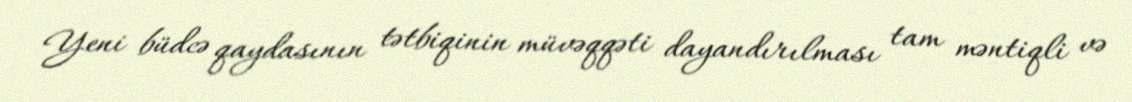
Yeni büdcə qaydasının tətbiqinin müvəqqəti dayandırılması tam məntiqli və